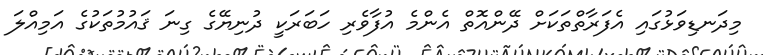
މިދަނޑިވަޅުގައި އެފަރާތްތަކަށް ދޭންއޮތް އެންމެ އުފާވެރި ހަބަރަކީ ދުނިޔޭގެ ގިނަ ޤައުމުތަކުގެ އަމިއްލަ